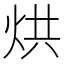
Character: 烘